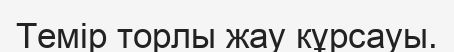
Темір торлы жау кұрсауы.